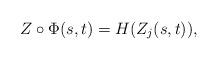
LaTeX: \begin{align*}Z\circ \Phi(s,t) = H(Z_{j}(s,t)),\end{align*}